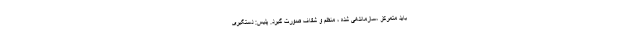
باید متمرکز ،‌سازماندهی شده ، منظم و شفاف صورت گیرد. پلیس: دستگیری